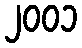
၂၀၀၁